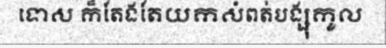
ទោស ក៏តែងតែយកសំពត់បង្សុកូល